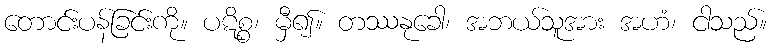
တောင်းပန်ခြင်းကို။ ပဋိစ္စ၊ မှီ၍။ တဿနုခေါ၊ အဘယ်သူအား အဟံ၊ ငါသည်။